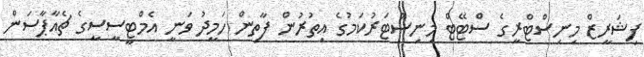
ފިޝަރީޒް މިނިސްޓްރީގެ ސްޓޭޓް މިނިސްޓަރުކަމުގެ އިތުރުން ފާތިން ހަމީދު ވަނީ އެމްޓީސީސީގެ ޗެއާޕާސަން